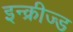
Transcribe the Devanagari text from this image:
इन्क्रीज्ड